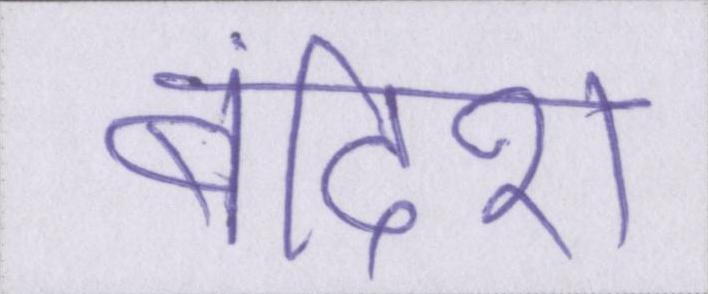
बंदिश